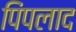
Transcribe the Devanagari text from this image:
पिंपलाद